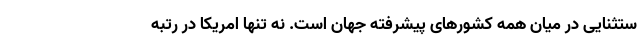
ستثنایی در میان همه کشورهای پیشرفته جهان است. نه تنها امریکا در رتبه